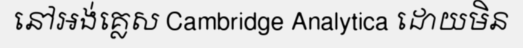
នៅអង់គ្លេស Cambridge Analytica ដោយមិន